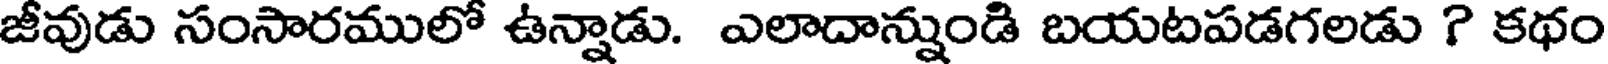
జీవుడు సంసారములో ఉన్నాడు. ఎలాదాన్నుండి బయటపడగలడు ? కథం